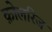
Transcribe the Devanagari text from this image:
क़ोलरिज